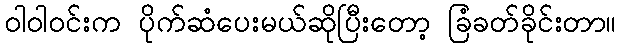
ဝါဝါဝင်းက ပိုက်ဆံပေးမယ်ဆိုပြီးတော့ ခြံခတ်ခိုင်းတာ။